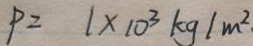
P = 1 \times 1 0 ^ { 3 } k g / m ^ { 2 }